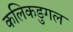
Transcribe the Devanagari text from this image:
कलिकडुगल